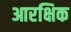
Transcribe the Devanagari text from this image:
आरक्षिक